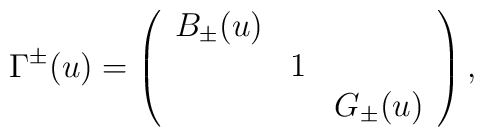
\Gamma^{\pm}(u)=\left(\begin{array}{ccc}  B_{\pm}(u)  &    &     \\              & 1  &     \\              &    & G_{\pm}(u)\end{array} \right),